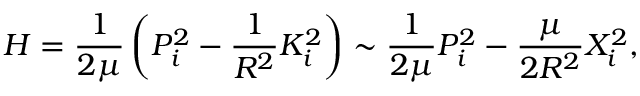
H = \frac { 1 } { 2 \mu } \left( P _ { i } ^ { 2 } - \frac { 1 } { R ^ { 2 } } K _ { i } ^ { 2 } \right) \sim \frac { 1 } { 2 \mu } P _ { i } ^ { 2 } - \frac { \mu } { 2 R ^ { 2 } } X _ { i } ^ { 2 } ,